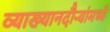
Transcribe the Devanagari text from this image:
व्याख्यानदौर्‍यांमध्ये